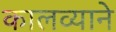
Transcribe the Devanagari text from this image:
कालव्याने